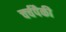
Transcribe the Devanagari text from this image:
चर्चपैकी